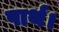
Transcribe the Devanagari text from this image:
पार्थ।